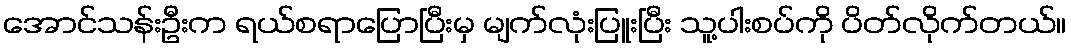
အောင်သန်းဦးက ရယ်စရာပြောပြီးမှ မျက်လုံးပြူးပြီး သူ့ပါးစပ်ကို ပိတ်လိုက်တယ်။